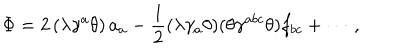
\Phi = 2 \left( \lambda \gamma ^ { a } \theta \right) a _ { a } - \frac { 1 } { 2 } ( \lambda \gamma _ { a } \theta ) ( \theta \gamma ^ { a b c } \theta ) f _ { b c } + \cdots \, ,